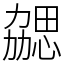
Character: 勰